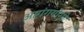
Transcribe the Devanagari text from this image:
अष्टांगयोगी